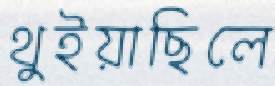
থুইয়াছিলে